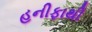
હનીફાથી